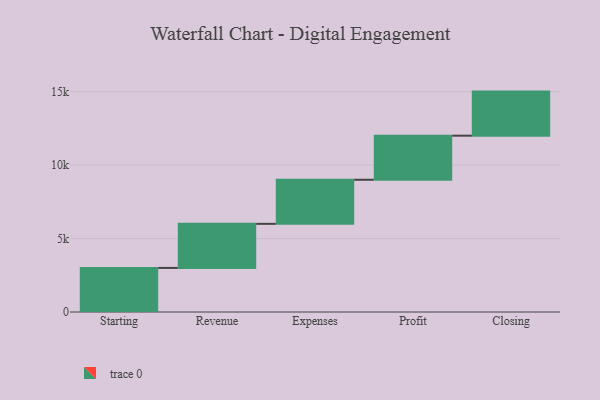
{"axis": {"x": "Step", "y": "Value"}, "legend": [""], "data": [{"x": "Starting", "y": 3000, "type": ""}, {"x": "Revenue", "y": 3000, "type": ""}, {"x": "Expenses", "y": 3000, "type": ""}, {"x": "Profit", "y": 3000, "type": ""}, {"x": "Closing", "y": 3000, "type": ""}]}